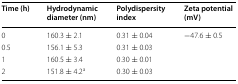
<table><thead><tr><td><b>Time (h)</b></td><td><b>Hydrodynamic diameter (nm)</b></td><td><b>Polydispersity index</b></td><td><b>Zeta potential (mV)</b></td></tr></thead><tbody><tr><td>0</td><td>160.3 ± 2.1</td><td>0.31 ± 0.04</td><td rowspan="4">−47.6 ± 0.5</td></tr><tr><td>0.5</td><td>156.1 ± 5.3</td><td>0.31 ± 0.03</td></tr><tr><td>1</td><td>160.5 ± 3.4</td><td>0.30 ± 0.01</td></tr><tr><td>2</td><td>151.8 ± 4.2<sup>a</sup></td><td>0.30 ± 0.03</td></tr></tbody></table>